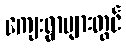
ကျေးရွာများတွင်